Preliminary report on the development of the Leishman-Donovan body in the bed bug - Number 27
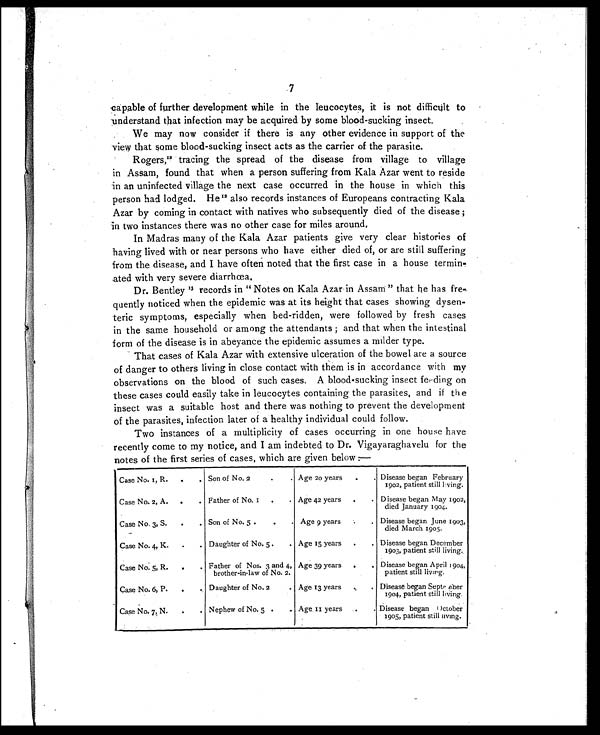
7
capable of further development while in the leucocytes, it is not difficult to
understand that infection may be acquired by some blood-sucking insect.
We may now consider if there is any other evidence in support of the
view that some blood-sucking insect acts as the carrier of the parasite.
Rogers,1 2
t r a c i n g t h e s p r e a d o f t h e d i s e a s e f r o m v i l l a g e t o v i l l a g e
in Assam, found that when a person suffering from Kala Azar went to reside
in an uninfected village the next case occurred in the house in which this
person had lodged, He12 also records instances of Europeans contracting Kala
Azar by coming in contact with natives who subsequently died of the disease ;
in two instances there was no other case for miles around.
In Madras many of the Kala Azar patients give very clear histories of
having lived with or near persons who have either died of, or are still suffering
from the disease, and I have often noted that the first case in a house termin-
ated with very severe diarrhœa.
Dr. Bentley 1 3
r e c o r d s i n " N o t e s o n K a l a A z a r i n A s s a m " t h a th
e
h a s f r e
quently noticed when the epidemic was at its height that cases showing dysen-
teric symptoms, especially when bed-ridden, were followed by fresh cases
in the same household or among the attendants ; and that when the intestinal
form of the disease is in abeyance the epidemic assumes a milder type.
That cases of Kala Azar with extensive ulceration of the bowel are a source
of danger to others living in close contact with them is in accordance with my
observations on the blood of such cases. A blood-sucking insect feeding on
these cases could easily take in leucocytes containing the parasites, and if the
insect was a suitable host and there was nothing to prevent the development
of the parasites, infection later of a healthy individual could follow.
Two instances of a multiplicity of cases occurring in one house have
recently come to my notice, and I am indebted to Dr. Vigayaraghavelu for the
notes of the first series of cases, which are given below :—
Case No. 1, R.
.
. Son of No. 2
.
. Age 20 years
.
Disease began February
1902, patient still living.
Case No. 2, A.
.
. Father of No. I
.
. Age 42 years
.
. Disease began May 1902,
died January 1904.
Case No, 3, S.
.
. Son of No. 5 .
.
. Age 9 years
. Disease began June 1903,
died March 1905.
Case No. 4, K.
.
. Daughter of No. 5 .
. Age 15 years
.
. Disease began December
1903, patient still living.,
Case No. 5, R.
.
. Father of Nos. 3 and 4,
brother-in-law of No. 2.
Age 39 years
.
. Disease began April 1904,
patient still living.
Case No. 6, P.
.
. Daughter of No. 2
. Age 13 years
.
. Disease began September
1904, patient still living.
Case No. 7, N.
.
. Nephew of No, 5 .
. Age . 11 years
. Disease began October
1905, patient still living.